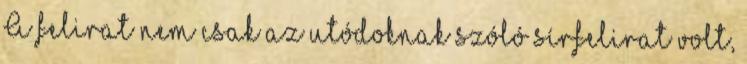
A felirat nem csak az utódoknak szóló sírfelirat volt,